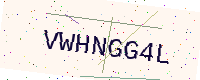
Text: VWHNGG4L